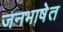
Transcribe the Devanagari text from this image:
जनभाषेत